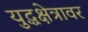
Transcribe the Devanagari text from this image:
युद्धक्षेत्रावर